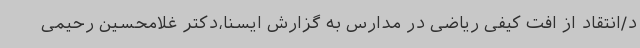
د/انتقاد از افت کیفی ریاضی در مدارس به گزارش ایسنا،دکتر غلامحسین رحیمی